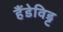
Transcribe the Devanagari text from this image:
हैंडेविड्ट